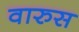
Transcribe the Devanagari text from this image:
वारुस